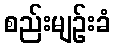
စည်းမျဉ်းခံ